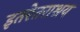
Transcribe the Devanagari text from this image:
इतरेतराश्रय